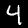
Digit: 4